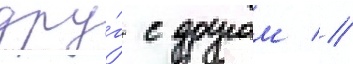
дру́г с другом //